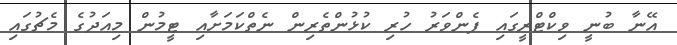
އޭނާ ބުނީ ވިކްޓްރީގައި ފެންވަރު ހުރި ކުޅުންތެރިން ނެތްކަމަށާއި ޓީމުން މިއަދުގެ މެޗުގައި